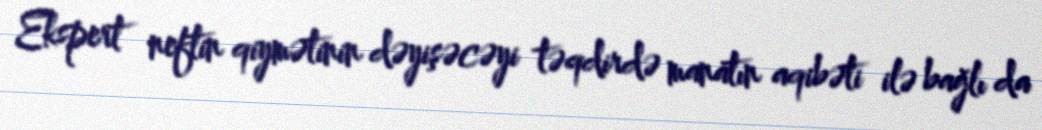
Ekspert neftin qiymətinin dəyişəcəyi təqdirdə manatın aqibəti ilə bağlı da